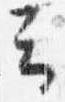
云